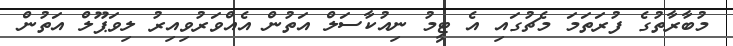
މުބާރާތުގެ ފުރަތަމަ މެޗުގައި އެ ޓީމު ނިއުކާސަލް އަތުން އެއްވަރުވިއިރު ލިވަޕޫލް އަތުން